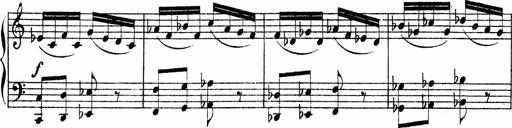
Title: Piano Sonata
Composer: Karl HÃ¤ssler
Key: C major